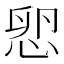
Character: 㤻